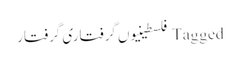
Tagged فلسطینیوں گرفتاری گرفتار